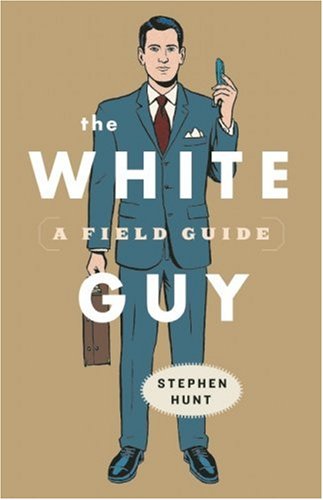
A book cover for The White Guy: A Field Guide; Stephen Hunt; Humor & Entertainment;